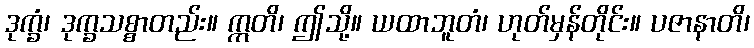
ဒုက္ခံ၊ ဒုက္ခသစ္စာတည်း။ ဣတိ၊ ဤသို့။ ယထာဘူတံ၊ ဟုတ်မှန်တိုင်း။ ပဇာနာတိ၊